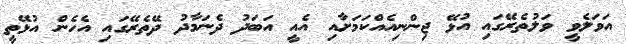
އަވަލެވީ ވަލުތެރޭގައި އުޅޭ ޖިންނިއެއްކަމަށާއި އެއީ އަބަދު ދެނަމާދު ދޭތެރޭގައި އެހެން އުޅޭތީ